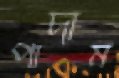
পাদাম